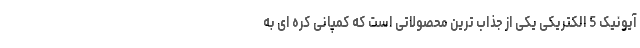
آیونیک 5 الکتریکی یکی از جذاب ترین محصولاتی است که کمپانی کره ای به